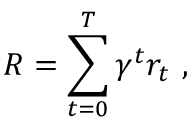
R = \sum _ { { t = 0 } } ^ { T } \gamma ^ { t } r _ { t } \mathrm { ~ } ,